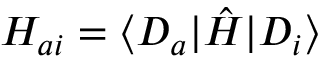
H _ { a i } = \langle D _ { a } | \hat { H } | D _ { i } \rangle